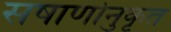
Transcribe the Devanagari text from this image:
सषार्णानुकृत